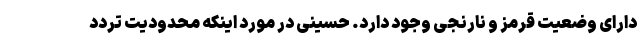
دارای وضعیت قرمز و نارنجی وجود دارد. حسینی در مورد اینکه محدودیت تردد